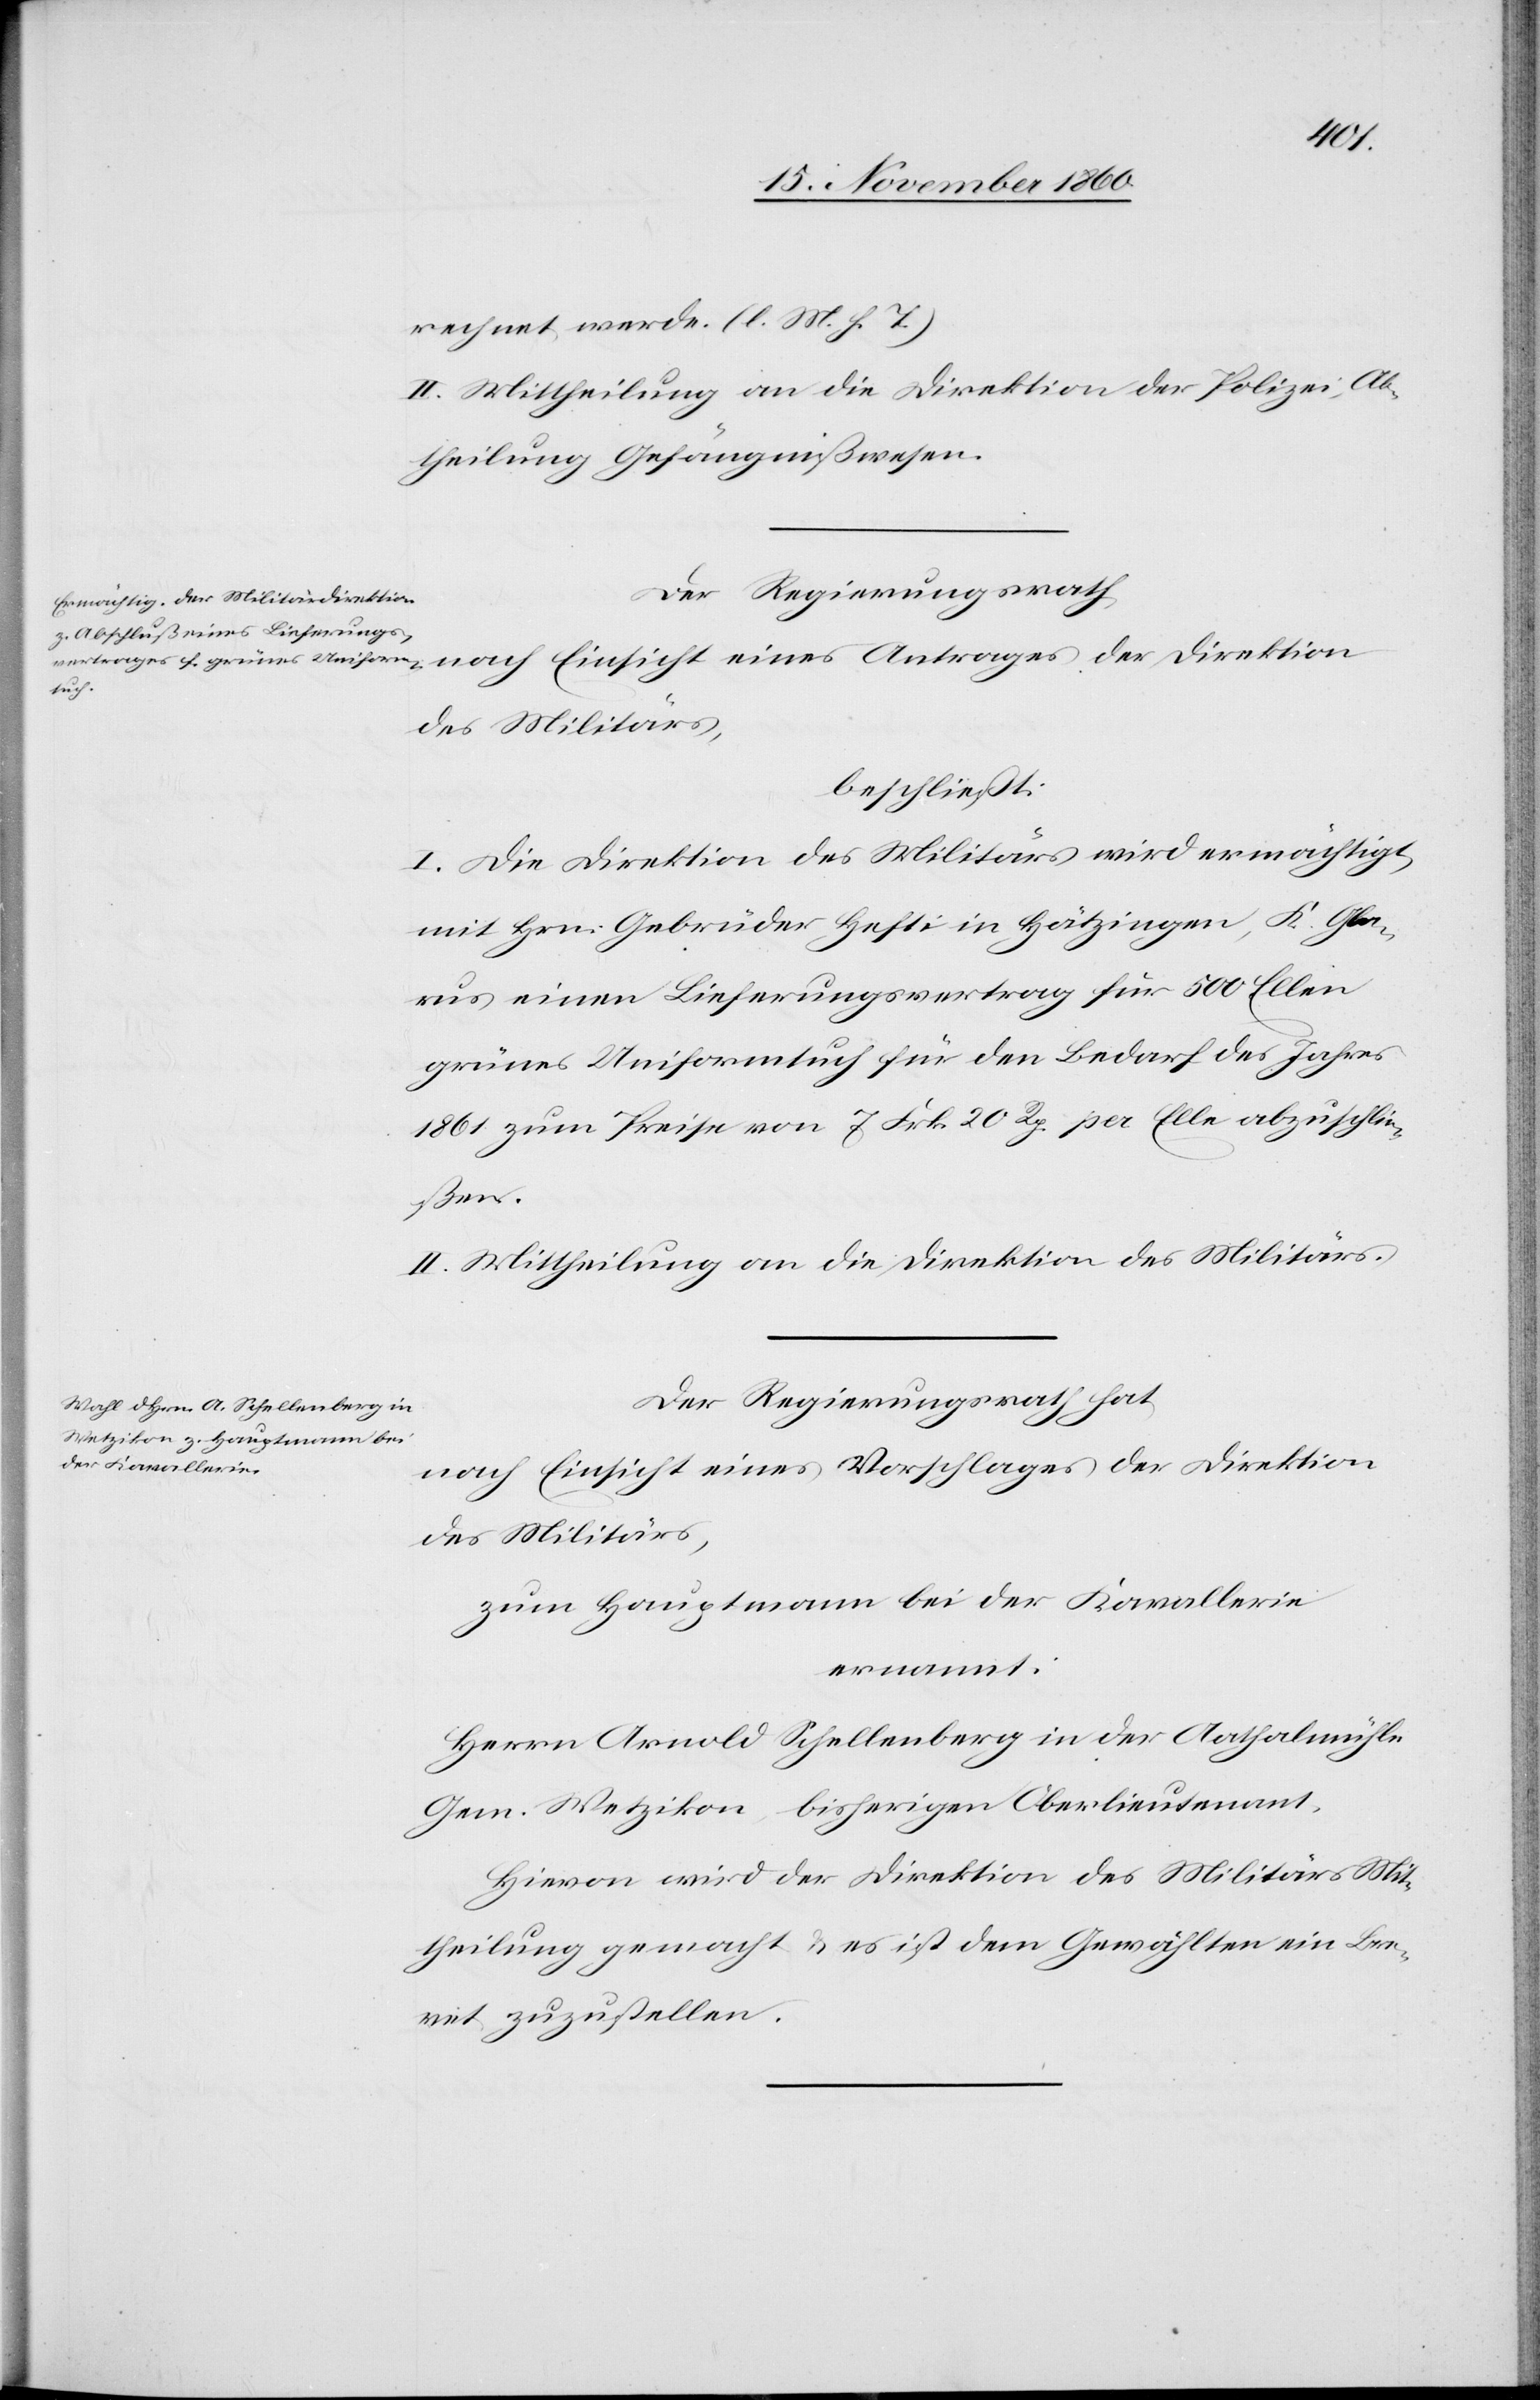
rechnet werde. (l. M. h. T.)
II. Mittheilung an die Direktion der Polizei, Ab¬
theilung Gefängnißwesen.
Der Regierungsrath,
des Militärs,
beschließt:
I. Die Direktion des Militärs wird ermächtigt,
mit Hrn. Gebrüder Hefti in Hätzingen, K. Gla¬
rus einen Lieferungsvertrag für 500 Ellen
grünes Uniformtuch für den Bedarf des Jahres
1861 zum Preise von 7 Fkr,. 20 Rp. per Elle abzuschlie¬
ßen.
II. Mittheilung an die Direktion des Militärs.
Der Regierungsrath hat,
nach Einsicht eines Vorschlages der Direktion
des Militärs,
zum Hauptmann bei der Kavallerie
ernannt.
Herrn Arnold Schelleberg in der Aathalmühle
Gem. Wetzikon, bisherigen Oberlieutenant.
Hievon wird der Direktion des Militärs Mit¬
theilung gemacht u. es ist dem Gewählten ein Bre¬
vet zuzustellen.